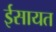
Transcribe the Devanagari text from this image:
ईसायत